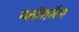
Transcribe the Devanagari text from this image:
प्लॉगमैन